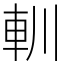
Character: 䡅